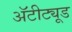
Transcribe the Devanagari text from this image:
अॅटीट्यूड